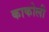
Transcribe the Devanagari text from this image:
काकोली